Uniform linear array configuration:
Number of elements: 4
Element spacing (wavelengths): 0.75
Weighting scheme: hamming
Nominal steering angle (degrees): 60
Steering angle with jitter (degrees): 59.279
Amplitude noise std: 0.05
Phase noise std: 0.05

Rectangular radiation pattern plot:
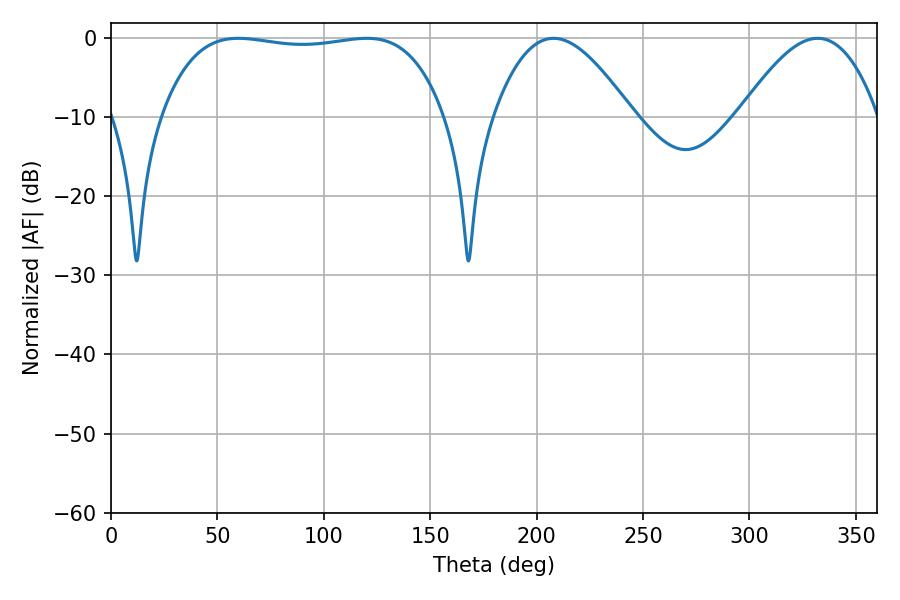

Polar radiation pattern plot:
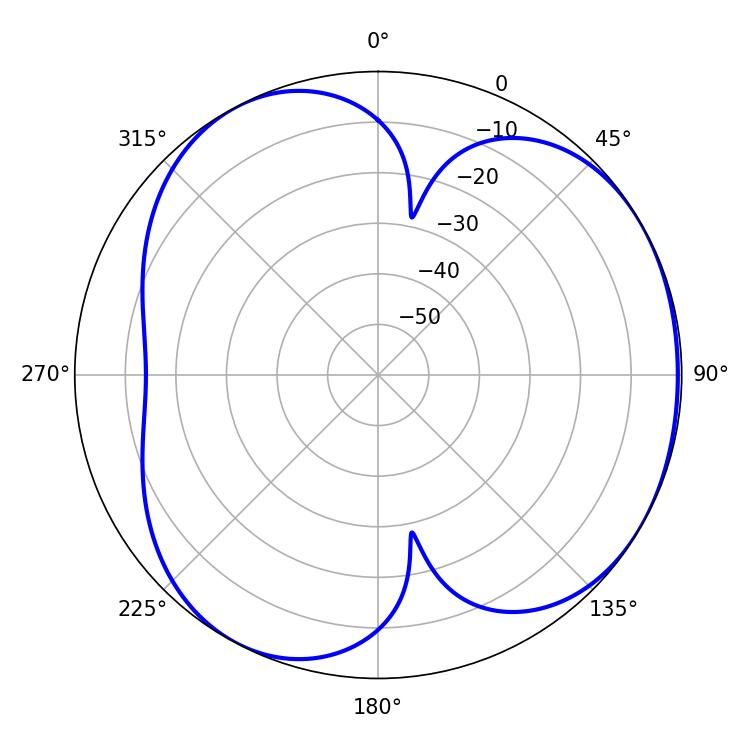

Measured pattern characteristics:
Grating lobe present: TRUE
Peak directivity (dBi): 3.985
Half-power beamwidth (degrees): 105.84
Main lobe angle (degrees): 59.76